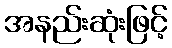
အနည်းဆုံးဖြင့်